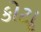
કોટાૢ